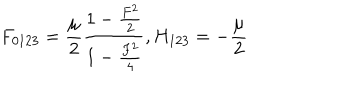
LaTeX: F _ { 0 1 2 3 } = { \frac { \mu } { 2 } } { \frac { 1 - { \frac { F ^ { 2 } } { 2 } } } { 1 - { \frac { F ^ { 2 } } { 4 } } } } , H _ { 1 2 3 } = - { \frac { \mu } { 2 } }